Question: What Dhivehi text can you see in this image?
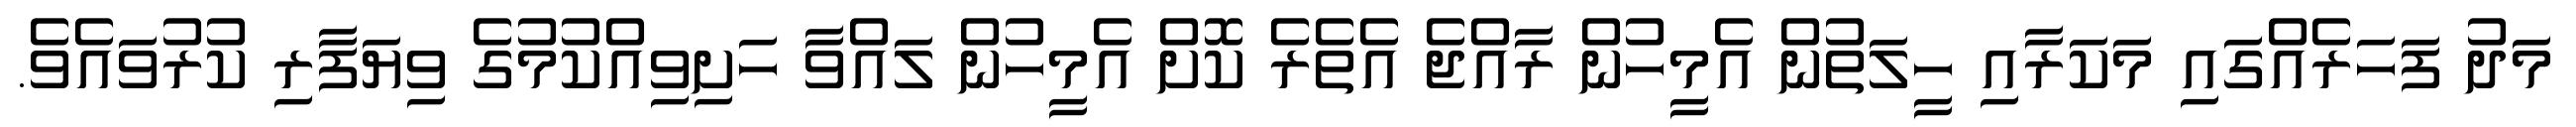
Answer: މަދު ފަހަރެއްގައި މަކަރާއި ހީލަތުން އެމީހުން ރާއްޖެ އެތެރެ ކޮށް އެމީހުން ލައްވާ ހަށިވިއްކުމުގެ ވިޔަފާރި ކުރުވައެވެ.